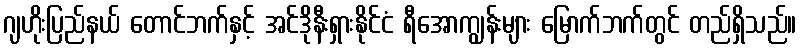
ဂျဟိုးပြည်နယ် တောင်ဘက်နှင့် အင်ဒိုနီးရှားနိုင်ငံ ရီအောကျွန်းများ မြောက်ဘက်တွင် တည်ရှိသည်။